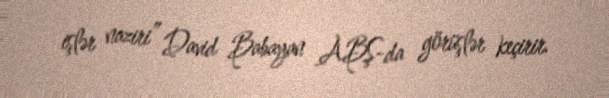
işlər naziri” David Babayan ABŞ-da görüşlər keçirir.